Report on lock hospitals in British Burma
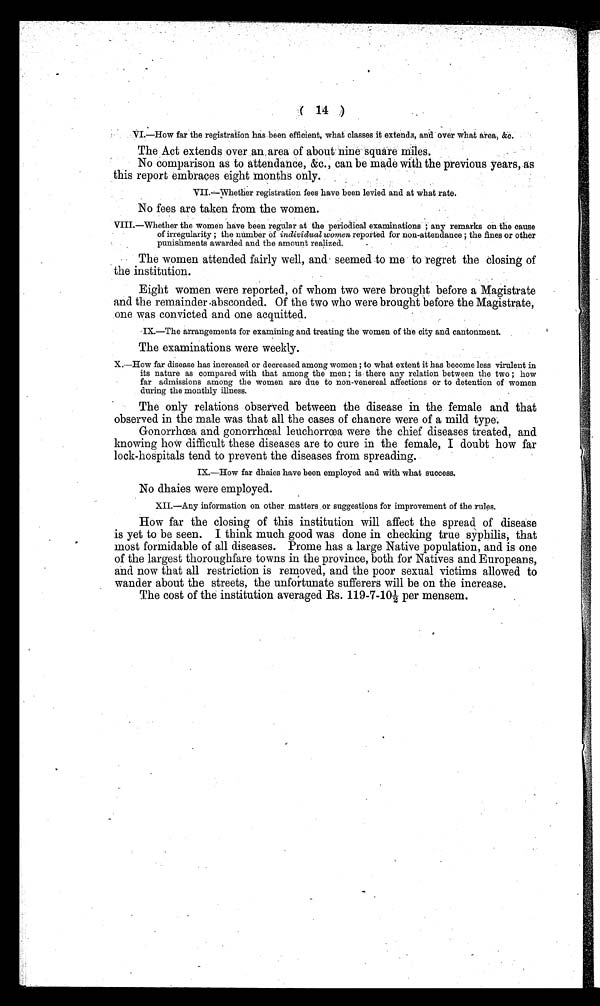
( 14 ,)
VI.—How far the registration has been efficient, what classes it extends, and over what area, &o.
The Act extends over an, area of about nine square miles.
No comparison as to attendance, &c., can be made with the previous years, as
this report embraces eight months only.
VII.—whether registration fees have been levied and at what rate.
No fees are taken from the women.
VIII.—Whether the women have been regular at the periodical examinations ; any remarks on the cause
of irregularity ; the number of individual women reported for non-attendance ; the fines or other
punishments awarded and the amount realized.
The women attended fairly well, and- seemed to me to regret the closing of
the institution.
Eight women were reported, of whom two were brought before a Magistrate
and the remainder .absconded. Of the two who were brought before the Magistrate,
one was convicted and one acquitted.
IX.—The arrangements for examining and treating the women of the city and cantonment.
The examinations were weekly.
X.—How far disease has increased or decreased among women ; to what extent it has become less virulent in
its nature as compared with that among the men ; is there any relation between the two ; how
far admissions among the women are due to non-venereal affections or to detention of women
during the monthly illness.
The only relations observed between the disease in the female and that
observed in the male was that all the cases of chancre were of a mild type.
Gonorrhoea and gonorrhoeal leuchorroea were the chief diseases treated, and
knowing how difficult these diseases are to cure in the female, I doubt how far
lock-hospitals tend to prevent the diseases from spreading.
IX—How far dhaies have been employed and with what success.
No dhaies were employed.
XII.—Any information on other matters or suggestions for improvement of the rules.
How far the closing of this institution will affect the spread of disease
is yet to be seen. I think much good was done in checking true syphilis, that
most formidable of all diseases. Promo has a large Native population, and is one
of the largest thoroughfare towns in the province, both for Natives and Europeans,
and now that all restriction is removed, and the poor sexual victims allowed to
wander about the streets, the unfortunate sufferers will be on the increase.
The cost of the institution averaged Rs. 119-7-10½ per mensem.